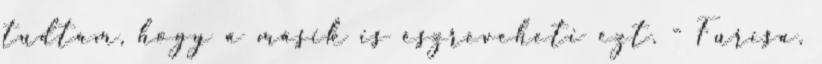
tudtam, hogy a másik is észreveheti ezt. - Furcsa.